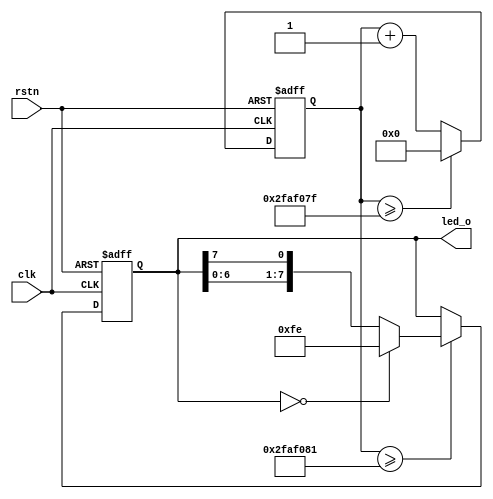
module led_water(clk,rstn,led_o);
input clk;
input rstn;
output [7:0]led_o;

parameter CNT_MAX = 26'd50000000;

reg [25:0] cnt_1s; 
wire flag_1s; 
reg[7:0] led_reg;


always@(posedge clk or negedge rstn) begin
    if(!rstn)
        cnt_1s <= 26'd0;
    else if(cnt_1s >= CNT_MAX - 26'd1) 
        cnt_1s <= 26'd0;
    else
        cnt_1s <= cnt_1s + 26'd1;
end

assign flag_1s = cnt_1s >= CNT_MAX + 26'd1;


always@(posedge clk or negedge rstn) begin
    if(!rstn)
        led_reg <= 8'b00000000;
    else if(flag_1s) 
        if(led_reg == 8'b00000000)
            led_reg <= 8'b11111110;
        else
            led_reg <= {led_reg[6:0],led_reg[7]}; 
    else
        led_reg <= led_reg;
end

assign led_o = led_reg;
endmodule